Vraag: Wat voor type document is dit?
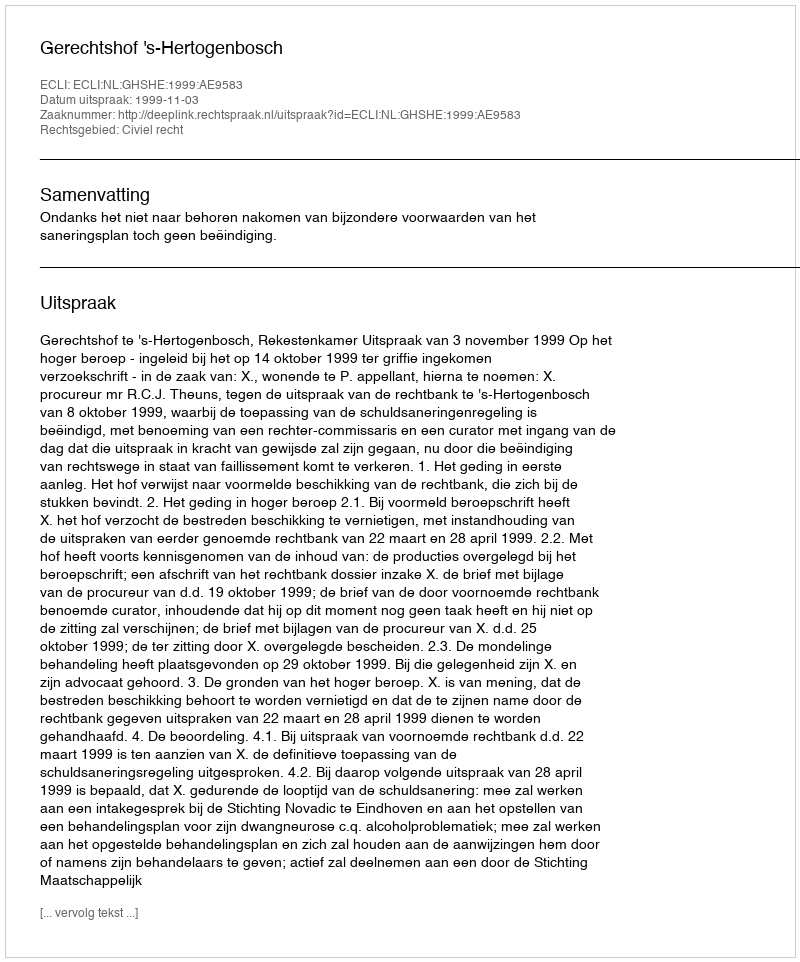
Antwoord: Uitspraak